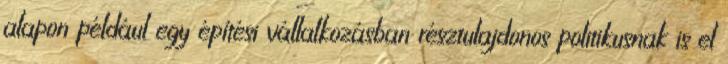
alapon például egy építési vállalkozásban résztulajdonos politikusnak is el